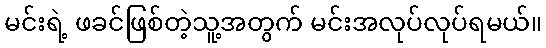
မင်းရဲ့ ဖခင်ဖြစ်တဲ့သူ့အတွက် မင်းအလုပ်လုပ်ရမယ်။